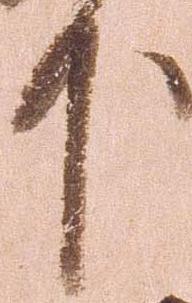
下